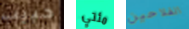
حبيب مئتي الفلاحين